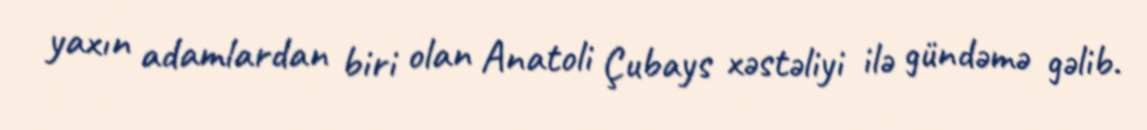
yaxın adamlardan biri olan Anatoli Çubays xəstəliyi ilə gündəmə gəlib.